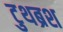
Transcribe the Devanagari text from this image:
टुथब्रश